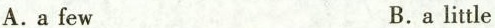
A.a few B.a little